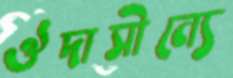
ঔদাসীন্যে